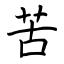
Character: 苦